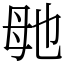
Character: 毑